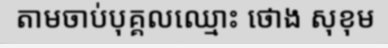
តាមចាប់បុគ្គលឈ្មោះ ថោង សុខុម